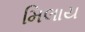
મિલાય